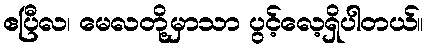
ဧပြီလ၊ မေလတို့မှာသာ ပွင့်လေ့ရှိပါတယ်။